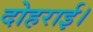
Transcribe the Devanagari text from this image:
दोहराई।